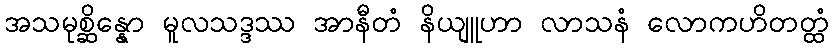
အသမုစ္ဆိန္နော မူလသဒ္ဒဿ အာနီတံ နိယျူဟာ လာသနံ လောကဟိတတ္ထံ